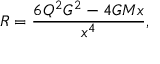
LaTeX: R = \frac { 6 { Q } ^ { 2 } G ^ { 2 } - 4 G M x } { x ^ { 4 } } ,